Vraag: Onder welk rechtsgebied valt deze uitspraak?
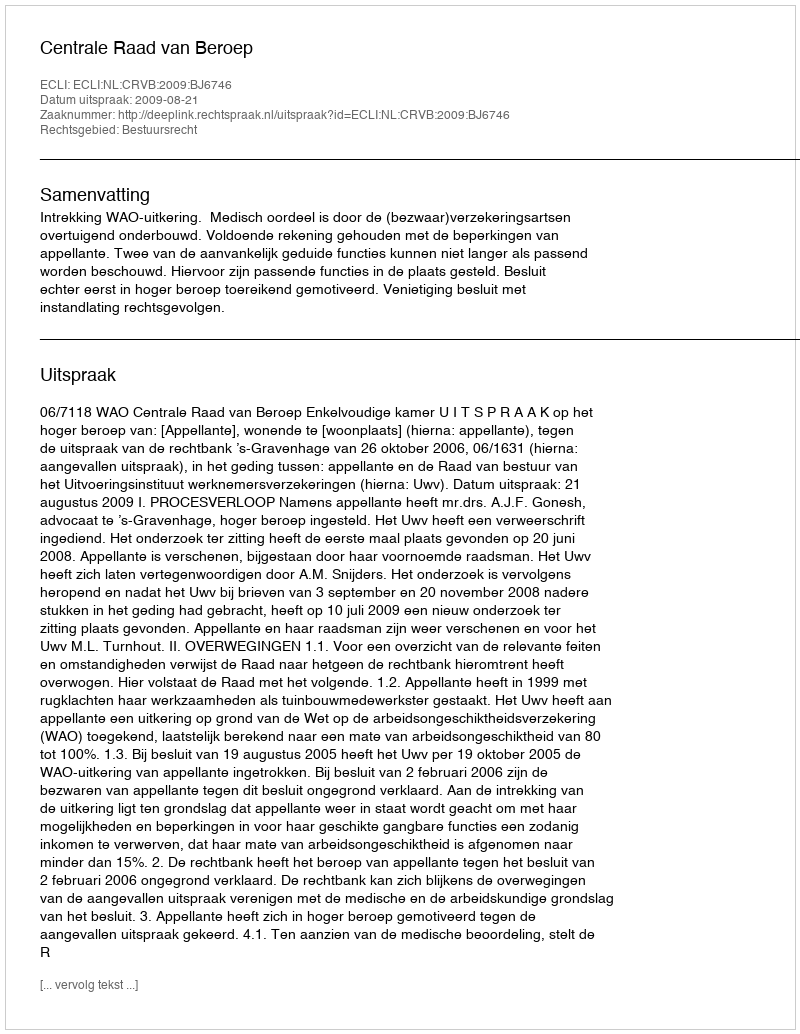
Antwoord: Bestuursrecht